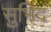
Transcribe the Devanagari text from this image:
सुभिद